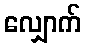
လျှောက်